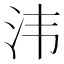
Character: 𣲗